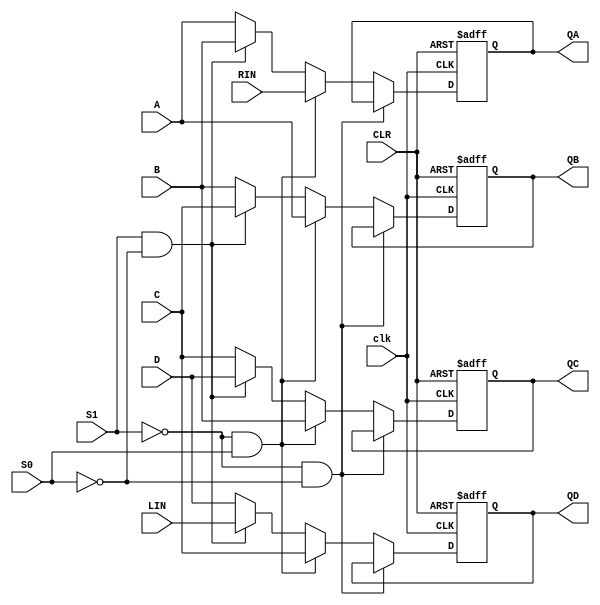
module IC74194(clk, CLR, S1, S0, A, B, C, D, LIN, RIN, QA, QB, QC, QD);
    input clk, CLR, S1, S0, A, B, C, D, LIN, RIN;
    output QA, QB, QC, QD;
    reg QA, QB, QC, QD;
    always @(posedge clk or negedge CLR) begin
        if (!CLR) begin
            QA <= 0; QB <= 0; QC <= 0; QD <= 0;
        end 
        else if (S1 == 0 & S0 == 0) begin // HOLD
            QA <= QA; QB <= QB; QC <= QC; QD <= QD;
        end
        else if (S1 == 0 & S0 == 1) begin // Q >> 1
            QA <= RIN; QB <= A; QC <= B; QD <= C;
        end
        else if (S1 == 1 & S0 == 0) begin // Q << 1
            QA <= B; QB <= C; QC <= D; QD <= LIN;
        end
        // (S1 == 1 & S0 == 1)
        else begin // LOAD
            QA <= A; QB <= B; QC <= C; QD <= D;
        end
    end

endmodule // IC74194

module tb_IC74194;
    reg clk, CLR, S1, S0, A, B, C, D, LIN, RIN;
    wire QA, QB, QC, QD;

    IC74194 inst(clk, CLR, S1, S0, A, B, C, D, LIN, RIN, QA, QB, QC, QD);

    initial begin
        clk = 1'b0;
        // initialization to avoid dont care state
        CLR = 1'b0; A = 0; B = 0; C = 0; D = 0; LIN = 0; RIN = 0; 
        repeat(1000)
        #10 clk = ~clk;
    end

    initial begin
        #10 CLR = 1'b1; S1 = 1'b0; S0 = 1'b0;
        #100 RIN = 1'b1; S0 = 1'b1;
        #100 A = 1'b0; B = 1'b1; C = 1'b0; D = 1'b1; S1 = 1'b1;
        #100 LIN = 1'b0; S0 = 1'b0;
        #100 S1 = 1'b0; S0 = 1'b0;
        #200 $finish;    
    end
endmodule // tb_IC74194